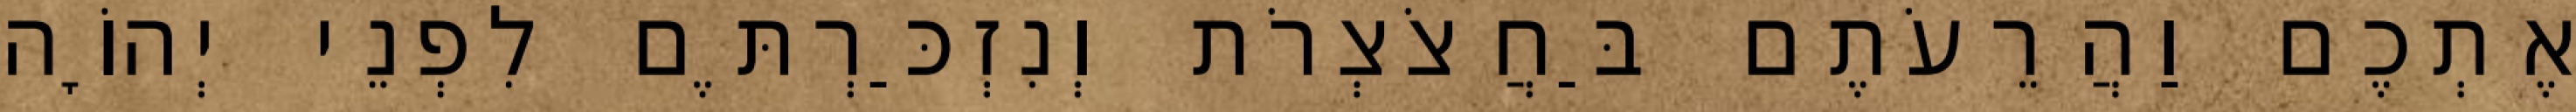
אֶתְכֶם וַהֲרֵעֹתֶם בַּחֲצֹצְרֹת וְנִזְכַּרְתֶּם לִפְנֵי יְהוָֹה